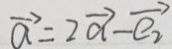
\overrightarrow { a } = \overrightarrow { 2 a } - \overrightarrow { e _ { 2 } }